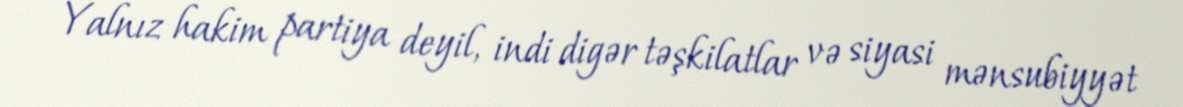
Yalnız hakim partiya deyil, indi digər təşkilatlar və siyasi mənsubiyyət